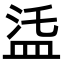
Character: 𥁩